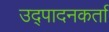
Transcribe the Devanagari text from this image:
उद्पादनकर्ता